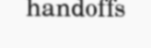
handoffs